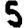
Digit: 5